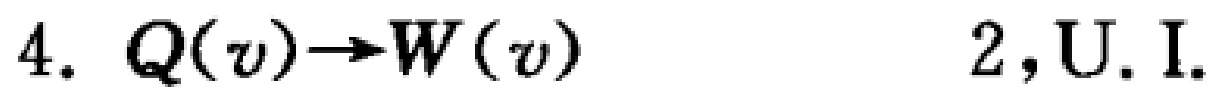
4. \(Q(v)\to W(v)\)  2, U. I.